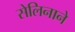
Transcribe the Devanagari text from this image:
सेलिनाने